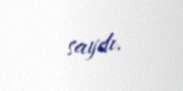
saydı.